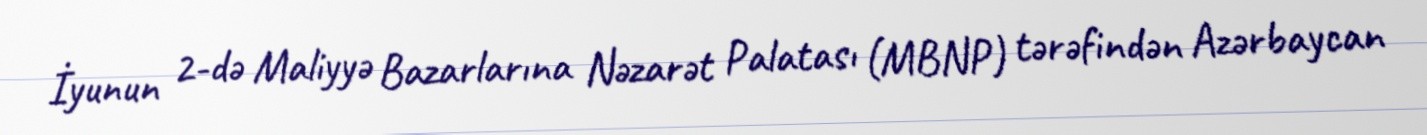
İyunun 2-də Maliyyə Bazarlarına Nəzarət Palatası (MBNP) tərəfindən Azərbaycan